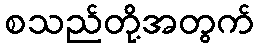
စသည်တို့အတွက်